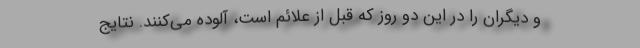
و دیگران را در این دو روز که قبل از علائم است، آلوده می‌کنند. نتایج